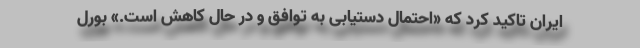
ایران تاکید کرد که «احتمال دستیابی به توافق و در حال کاهش است.» بورل